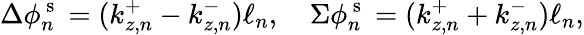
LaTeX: \Delta\phi_{n}^{\mathrm{~s~}}=(k_{z,n}^{+}-k_{z,n}^{-})\ell_{n},\quad\Sigma{\phi}_{n}^{\mathrm{~s~}}=(k_{z,n}^{+}+k_{z,n}^{-})\ell_{n},